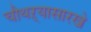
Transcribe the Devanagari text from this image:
चौथऱ्यासारखे